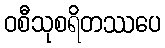
ဝစီသုစရိတဿပေ